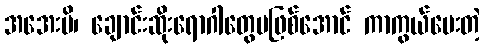
အအေးမိ၊ ချောင်းဆိုးရောဂါတွေမဖြစ်အောင် ကာကွယ်ပေးတဲ့